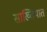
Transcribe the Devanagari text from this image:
साख्तियात